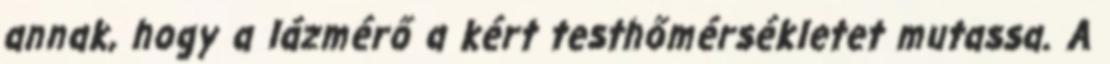
annak, hogy a lázmérő a kért testhőmérsékletet mutassa. A